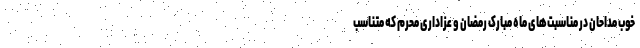
خوب مداحان در مناسبت‌های ماه مبارک رمضان و عزاداری محرم که متناسب